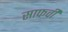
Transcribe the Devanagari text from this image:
साफवी